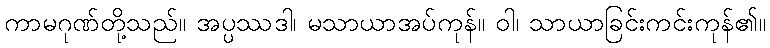
ကာမဂုဏ်တို့သည်။ အပ္ပဿဒါ၊ မသာယာအပ်ကုန်။ ဝါ၊ သာယာခြင်းကင်းကုန်၏။